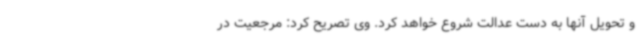
و تحویل آنها به دست عدالت شروع خواهد کرد. وی تصریح کرد: مرجعیت در